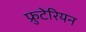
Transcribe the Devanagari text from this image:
फ्रुटेरियन